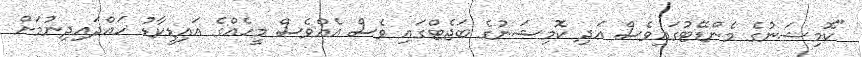
"ކޮމިޝަނުގެ މެންޑޭޓުގައިވެސް އަދި ކޮމިޝަނުގެ ބަޖެޓްގައި ވެސް އެއްވެސް މީހެއްގެ އައިޑީކާޑު ހައްދައިދިނުމަށް